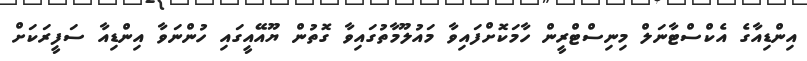
އިންޑިއާގެ އެކްސްޓާނަލް މިނިސްޓްރީން ހާމަކޮށްފައިވާ މައުލޫމާތުގައިވާ ގޮތުން ޔޫއޭއީގައި ހުންނަވާ އިންޑިއާ ސަފީރަކަށް